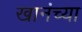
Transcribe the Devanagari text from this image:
खानंच्या